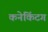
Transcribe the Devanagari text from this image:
कनेकिंटग